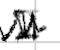
Text: II
Cross-out: mix
Writing tool: digital_black